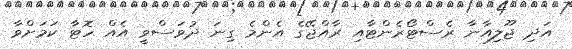
އަދި ޖޫލިއާނާ ރެސްޓޯރެންޓާއި ރާއްޖޭގެ އެންމެ ގިނަ ދުވަސްވީ އެއް ހޮޓާ ކަމަށްވާ